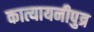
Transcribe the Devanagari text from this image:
कात्यायनीपुत्र